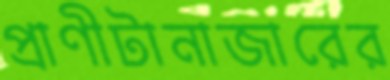
প্রাণীটানাজারের